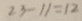
2 3 - 1 1 = 1 2